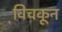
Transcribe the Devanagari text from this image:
विचकून